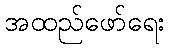
အထည်ဖော်ရေး